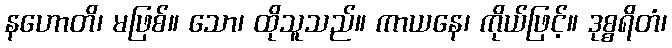
နဟောတိ၊ မဖြစ်။ သော၊ ထိုသူသည်။ ကာယနေ၊ ကိုယ်ဖြင့်။ ဒုစ္စရိတံ၊